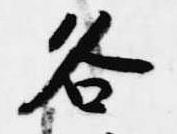
各